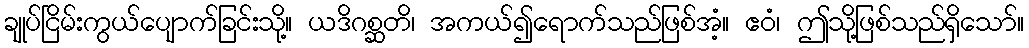
ချုပ်ငြိမ်းကွယ်ပျောက်ခြင်းသို့။ ယဒိဂစ္ဆတိ၊ အကယ်၍ရောက်သည်ဖြစ်အံ့။ ဧဝံ၊ ဤသို့ဖြစ်သည်ရှိသော်။